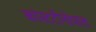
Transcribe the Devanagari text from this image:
कांस्टटीनोपाल